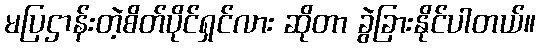
မပြဌာန်းတဲ့စိတ်ပိုင်ရှင်လား ဆိုတာ ခွဲခြားနိုင်ပါတယ်။